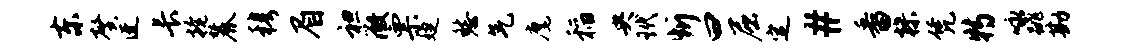
东馨迓长掩麓穆眉袒微票婕愁气麾稻央玳忻曰屈定#番操凭特咏跳勘